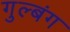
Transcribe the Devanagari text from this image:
गुल्बंग